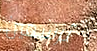
ترسمين